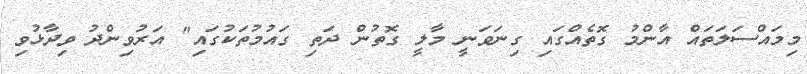
މިމައްސަލަތައް އާންމު ގޮތެއްގައި ގިނަވަނީ މާލީ ގޮތުން ދަތި ގައުމުތަކުގައި" އަރުވިންދު ވިދާޅުވި